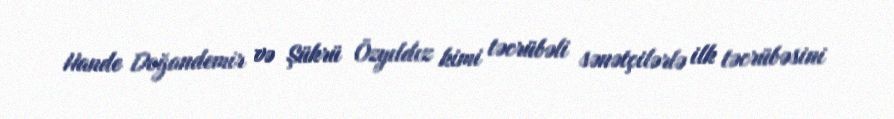
Hande Doğandemir və Şükrü Özyıldız kimi təcrübəli sənətçilərlə ilk təcrübəsini